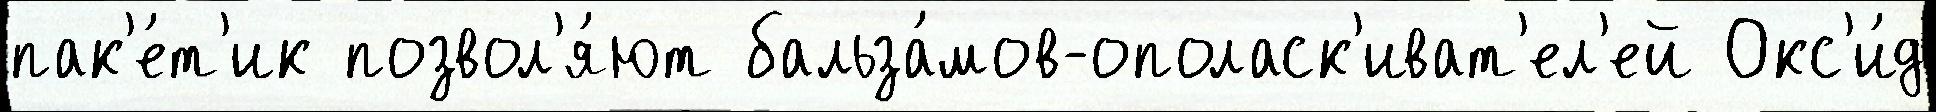
пак'е́т'ик позвол'я́ют бальза́мов-ополаск'иват'ел'ей Окс'и́д